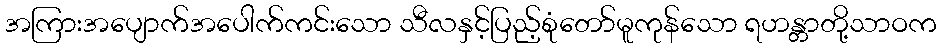
အကြားအပျောက်အပေါက်ကင်းသော သီလနှင့်ပြည့်စုံတော်မူကုန်သော ရဟန္တာတို့သာဝက